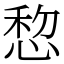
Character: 㥎